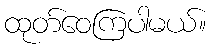
ထုတ်ဝေကြပါမယ်။